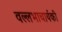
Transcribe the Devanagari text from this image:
वल्लभाचार्यकी